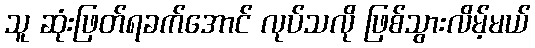
သူ ဆုံးဖြတ်ရခက်အောင် လုပ်သလို ဖြစ်သွားလိမ့်မယ်